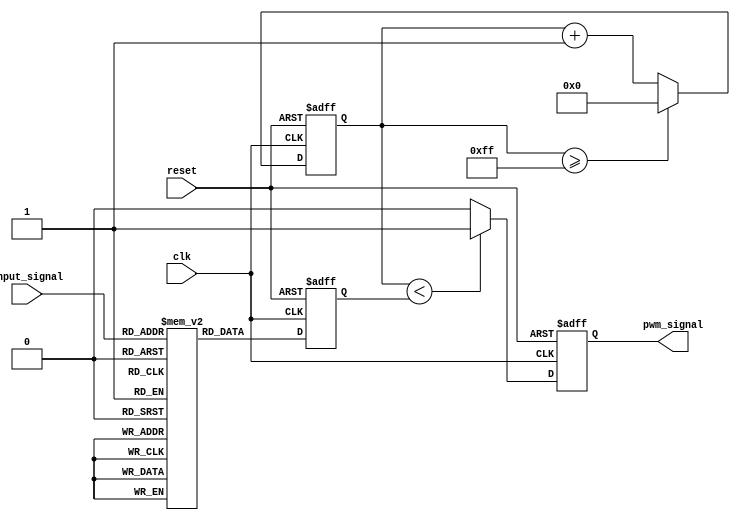
module LPWM (
    input wire clk,                // Clock signal
    input wire reset,              // Reset signal
    input wire [7:0] input_signal, // 8-bit digital input signal (0-255)
    output reg pwm_signal          // PWM output signal
);

    reg [7:0] log_value;           // Logarithmic scaled value
    reg [7:0] comparator_value;     // Value to compare with the reference (i.e., clock cycles)
    reg [7:0] counter;             // Counter for clock cycles

    // Logarithmic conversion using a simple approximation
    // For simplicity, we use a lookup table for the logarithmic values
    reg [7:0] log_table [0:255]; 

    // Initial block to define log values
    initial begin
        // Example logarithmic scale approximation
        // You would replace these values with a proper logarithmic table or calculation
        // For example purposes, using approximate values that may be linear here
        log_table[0]  = 0;
        log_table[1]  = 1; 
        log_table[2]  = 2; 
        log_table[3]  = 3; 
        log_table[4]  = 4; 
        // Continue filling the log_table for the rest...

        // Fill in the rest of the logarithm values as needed
    end

    // Process input and perform logarithmic transformation
    always @(posedge clk or posedge reset) begin
        if (reset) begin
            log_value <= 0;
            counter <= 0;
            pwm_signal <= 0;
        end else begin
            // Lookup the logarithm value from the table based on input_signal
            log_value <= log_table[input_signal];
            counter <= counter + 1;

            // Comparator: Output PWM signal based on the log_value compared to counter
            if (counter < log_value) begin
                pwm_signal <= 1; // Set high
            end else begin
                pwm_signal <= 0; // Set low
            end

            // Reset counter when it reaches max value (for simplicity, let's assume a max of 255)
            if (counter >= 255) begin
                counter <= 0; // Reset the counter
            end
        end
    end
endmodule